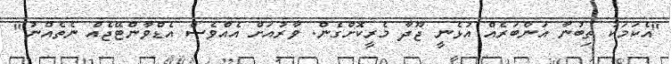
"އެކަމަކު ތިބުނާ އަންބަރެއް އުޅެނީ ޖޫދާ މެރީކޮށްގެން. ވާރުއަށް އެއްވެސް އެޑްވާންޓޭޖެއް ނެތެއްނު"